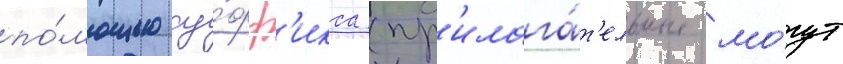
по́мощью су́фф'икса (пр'илага́т'ельные мо́гут